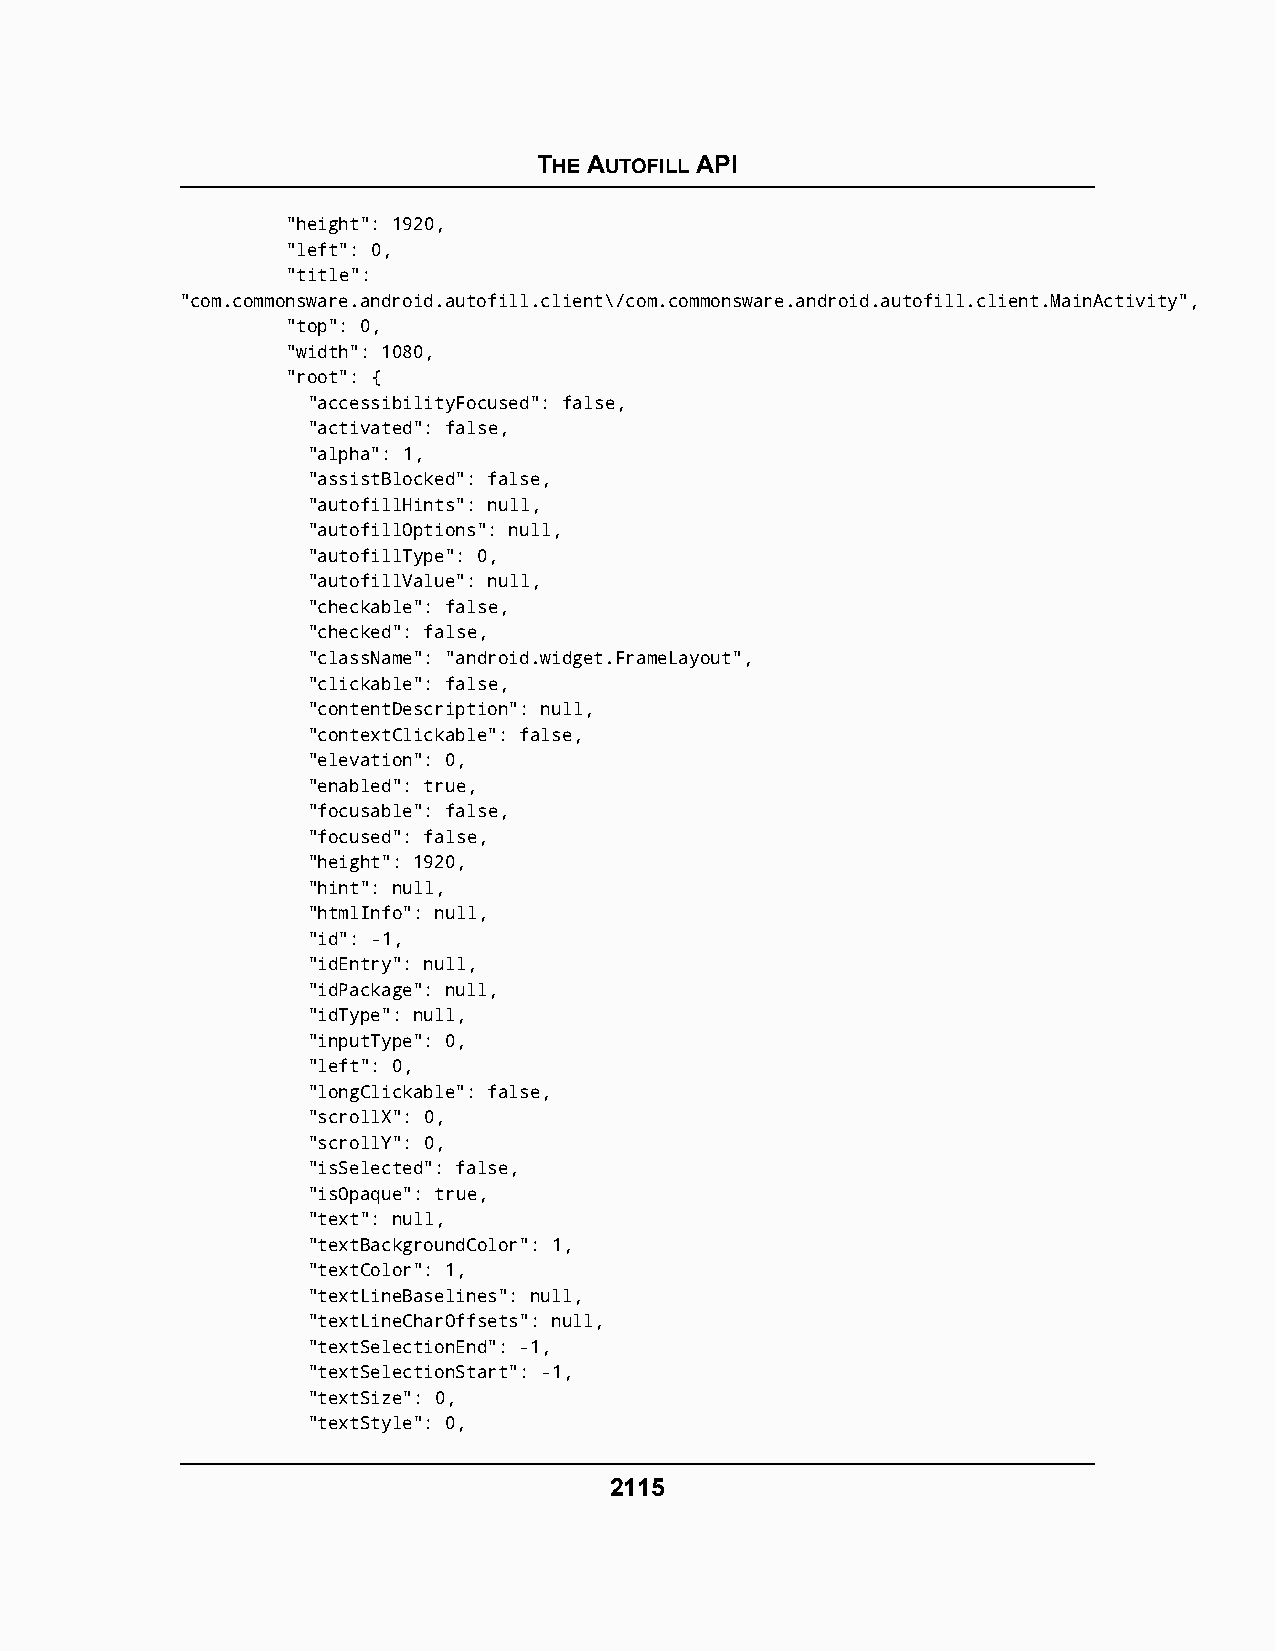
THE AUTOFILL API
 "height": 1920,
 "left": 0,
 "title":
 "com.commonsware.android.autofill.client\/com.commonsware.android.autofill.client.MainActivity",
 "top": 0,
 "width": 1080,
 "root": {
 "accessibilityFocused": false,
 "activated": false,
 "alpha": 1,
 "assistBlocked": false,
 "autofillHints": null,
 "autofillOptions": null,
 "autofillType": 0,
 "autofillValue": null,
 "checkable": false,
 "checked": false,
 "className": "android.widget.FrameLayout",
 "clickable": false,
 "contentDescription": null,
 "contextClickable": false,
 "elevation": 0,
 "enabled": true,
 "focusable": false,
 "focused": false,
 "height": 1920,
 "hint": null,
 "htmlInfo": null,
 "id": -1,
 "idEntry": null,
 "idPackage": null,
 "idType": null,
 "inputType": 0,
 "left": 0,
 "longClickable": false,
 "scrollX": 0,
 "scrollY": 0,
 "isSelected": false,
 "isOpaque": true,
 "text": null,
 "textBackgroundColor": 1,
 "textColor": 1,
 "textLineBaselines": null,
 "textLineCharOffsets": null,
 "textSelectionEnd": -1,
 "textSelectionStart": -1,
 "textSize": 0,
 "textStyle": 0,
 2115